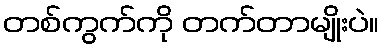
တစ်ကွက်ကို တက်တာမျိုးပဲ။